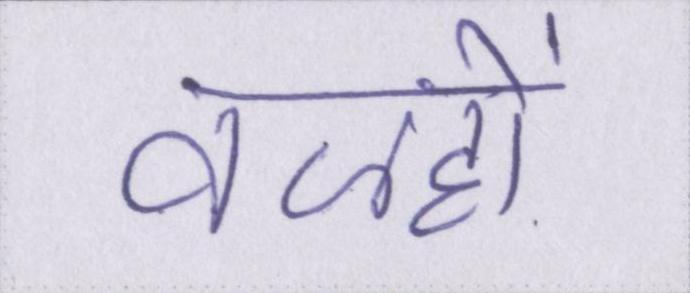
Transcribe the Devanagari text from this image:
वजहों